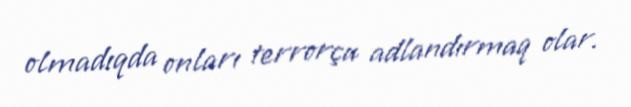
olmadıqda onları terrorçu adlandırmaq olar.